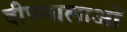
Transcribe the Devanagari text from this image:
दीपमालाओं